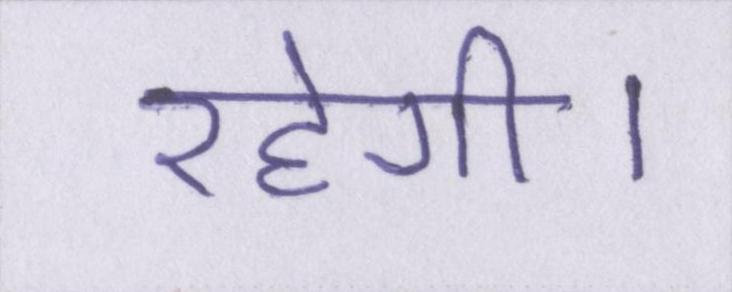
रहेगी।